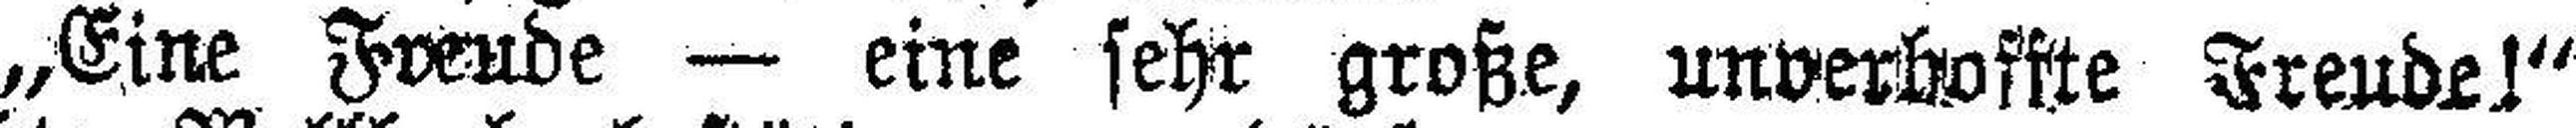
„Eine Freude — eine sehr große, unverhoffte Freude!“